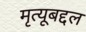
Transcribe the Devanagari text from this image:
मृत्यूबद्दल